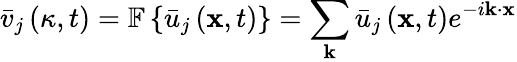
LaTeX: {{\bar{v}}_{j}}\left({{\mathbf{\kappa}},t}\right)=\mathbb{F}\left\{ {{{\bar{u}}_{j}}\left({{\mathbf{x}},t}\right)}\right\} =\sum_{\mathbf{k}}{{{\bar{u}}_{j}}\left({{\mathbf{x}},t}\right){e^{-i{\mathbf{k}}\cdot{\mathbf{x}}}}}